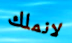
لانملك